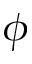
\phi